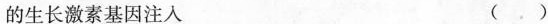
的生长激素基因注入 ()